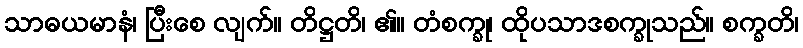
သာဓယမာနံ၊ ပြီးစေ လျက်။ တိဋ္ဌတိ၊ ၏။ တံစက္ခု၊ ထိုပသာဒစက္ခုသည်။ စက္ခတိ၊